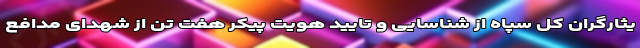
یثارگران کل سپاه از شناسایی و تایید هویت پیکر هفت تن از شهدای مدافع